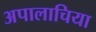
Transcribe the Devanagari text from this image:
अपालाचिया